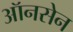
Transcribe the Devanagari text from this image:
ऑनसेन